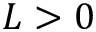
L > 0